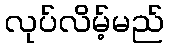
လုပ်လိမ့်မည်